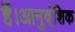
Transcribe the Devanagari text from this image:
हैं।आनुव्ंशिक